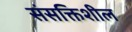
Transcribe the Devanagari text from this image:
संसक्तिशील